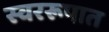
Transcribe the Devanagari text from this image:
स्वररूपात